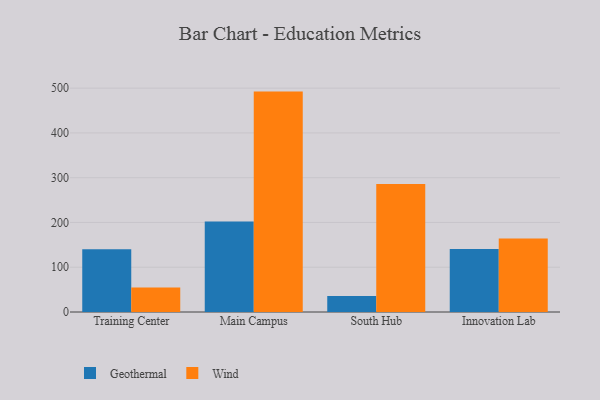
{"axis": {"x": "Campus", "y": "Demand Index"}, "legend": ["Geothermal", "Wind"], "data": [{"x": "Training Center", "y": 140.3, "type": "Geothermal"}, {"x": "Training Center", "y": 54.9, "type": "Wind"}, {"x": "Main Campus", "y": 202.2, "type": "Geothermal"}, {"x": "Main Campus", "y": 492.3, "type": "Wind"}, {"x": "South Hub", "y": 35.5, "type": "Geothermal"}, {"x": "South Hub", "y": 286.0, "type": "Wind"}, {"x": "Innovation Lab", "y": 140.8, "type": "Geothermal"}, {"x": "Innovation Lab", "y": 164.2, "type": "Wind"}]}